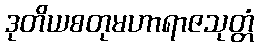
ဒုတိယစတုမဟာရာဇသုတ္တံ